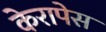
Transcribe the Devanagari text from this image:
केरापेस